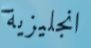
انجليزية